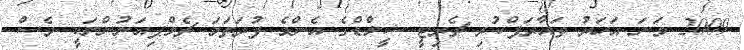
2009 ވަނަ އަހަރު ތައާރަފްކުރި ޗެރިޓީ ޝީލްޑްގެ އެންމެ ފުރަތަމަ ޗެމްޕިއަނުންނަކީ ވެސް